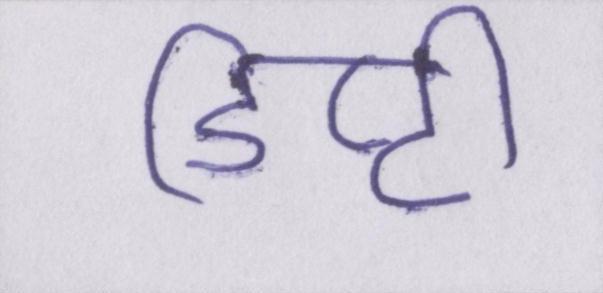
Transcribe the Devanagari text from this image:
डिप्टी